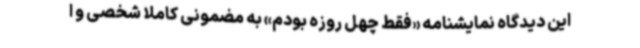
این دیدگاه نمایشنامه «فقط چهل روزه بودم» به مضمونی کاملا شخصی و ا